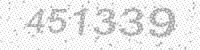
Solution: 451339